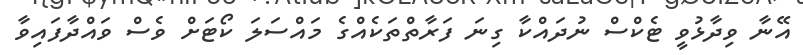
އޭނާ ވިދާޅުވީ ޓެކްސް ނުދައްކާ ގިނަ ފަރާތްތަކެއްގެ މައްސަލަ ކޯޓަށް ވެސް ވައްދާފައިވާ